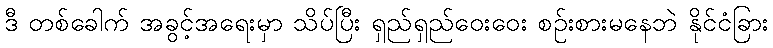
ဒီ တစ်ခေါက် အခွင့်အရေးမှာ သိပ်ပြီး ရှည်ရှည်ဝေးဝေး စဉ်းစားမနေဘဲ နိုင်ငံခြား